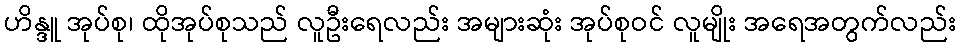
ဟိန္ဒူ အုပ်စု၊ ထိုအုပ်စုသည် လူဦးရေလည်း အများဆုံး အုပ်စုဝင် လူမျိုး အရေအတွက်လည်း